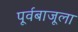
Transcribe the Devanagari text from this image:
पूर्वबाजूला